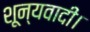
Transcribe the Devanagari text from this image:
शून्यवादी।